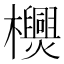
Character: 𣠪